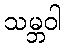
သမ္ဘဝါ